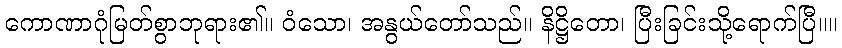
ကောဏာဂုံမြတ်စွာဘုရား၏။ ဝံသော၊ အနွယ်တော်သည်။ နိဋ္ဌိတော၊ ပြီးခြင်းသို့ရောက်ပြီ။။